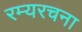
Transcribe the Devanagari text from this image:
रम्यरचना